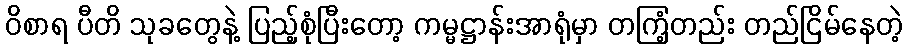
ဝိစာရ ပီတိ သုခတွေနဲ့ ပြည့်စုံပြီးတော့ ကမ္မဋ္ဌာန်းအာရုံမှာ တကြံ့တည်း တည်ငြိမ်နေတဲ့